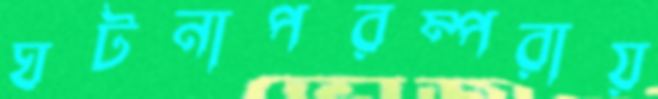
ঘটনাপরম্পরায়